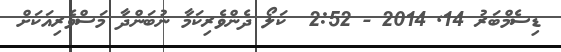
ޑިސެމްބަރު 14